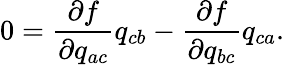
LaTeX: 0=\frac{\partial f}{\partial q_{ac}}q_{cb}-\frac{\partial f}{\partial q_{bc}}q_{ca}.